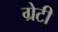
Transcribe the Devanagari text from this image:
ग्रेटी